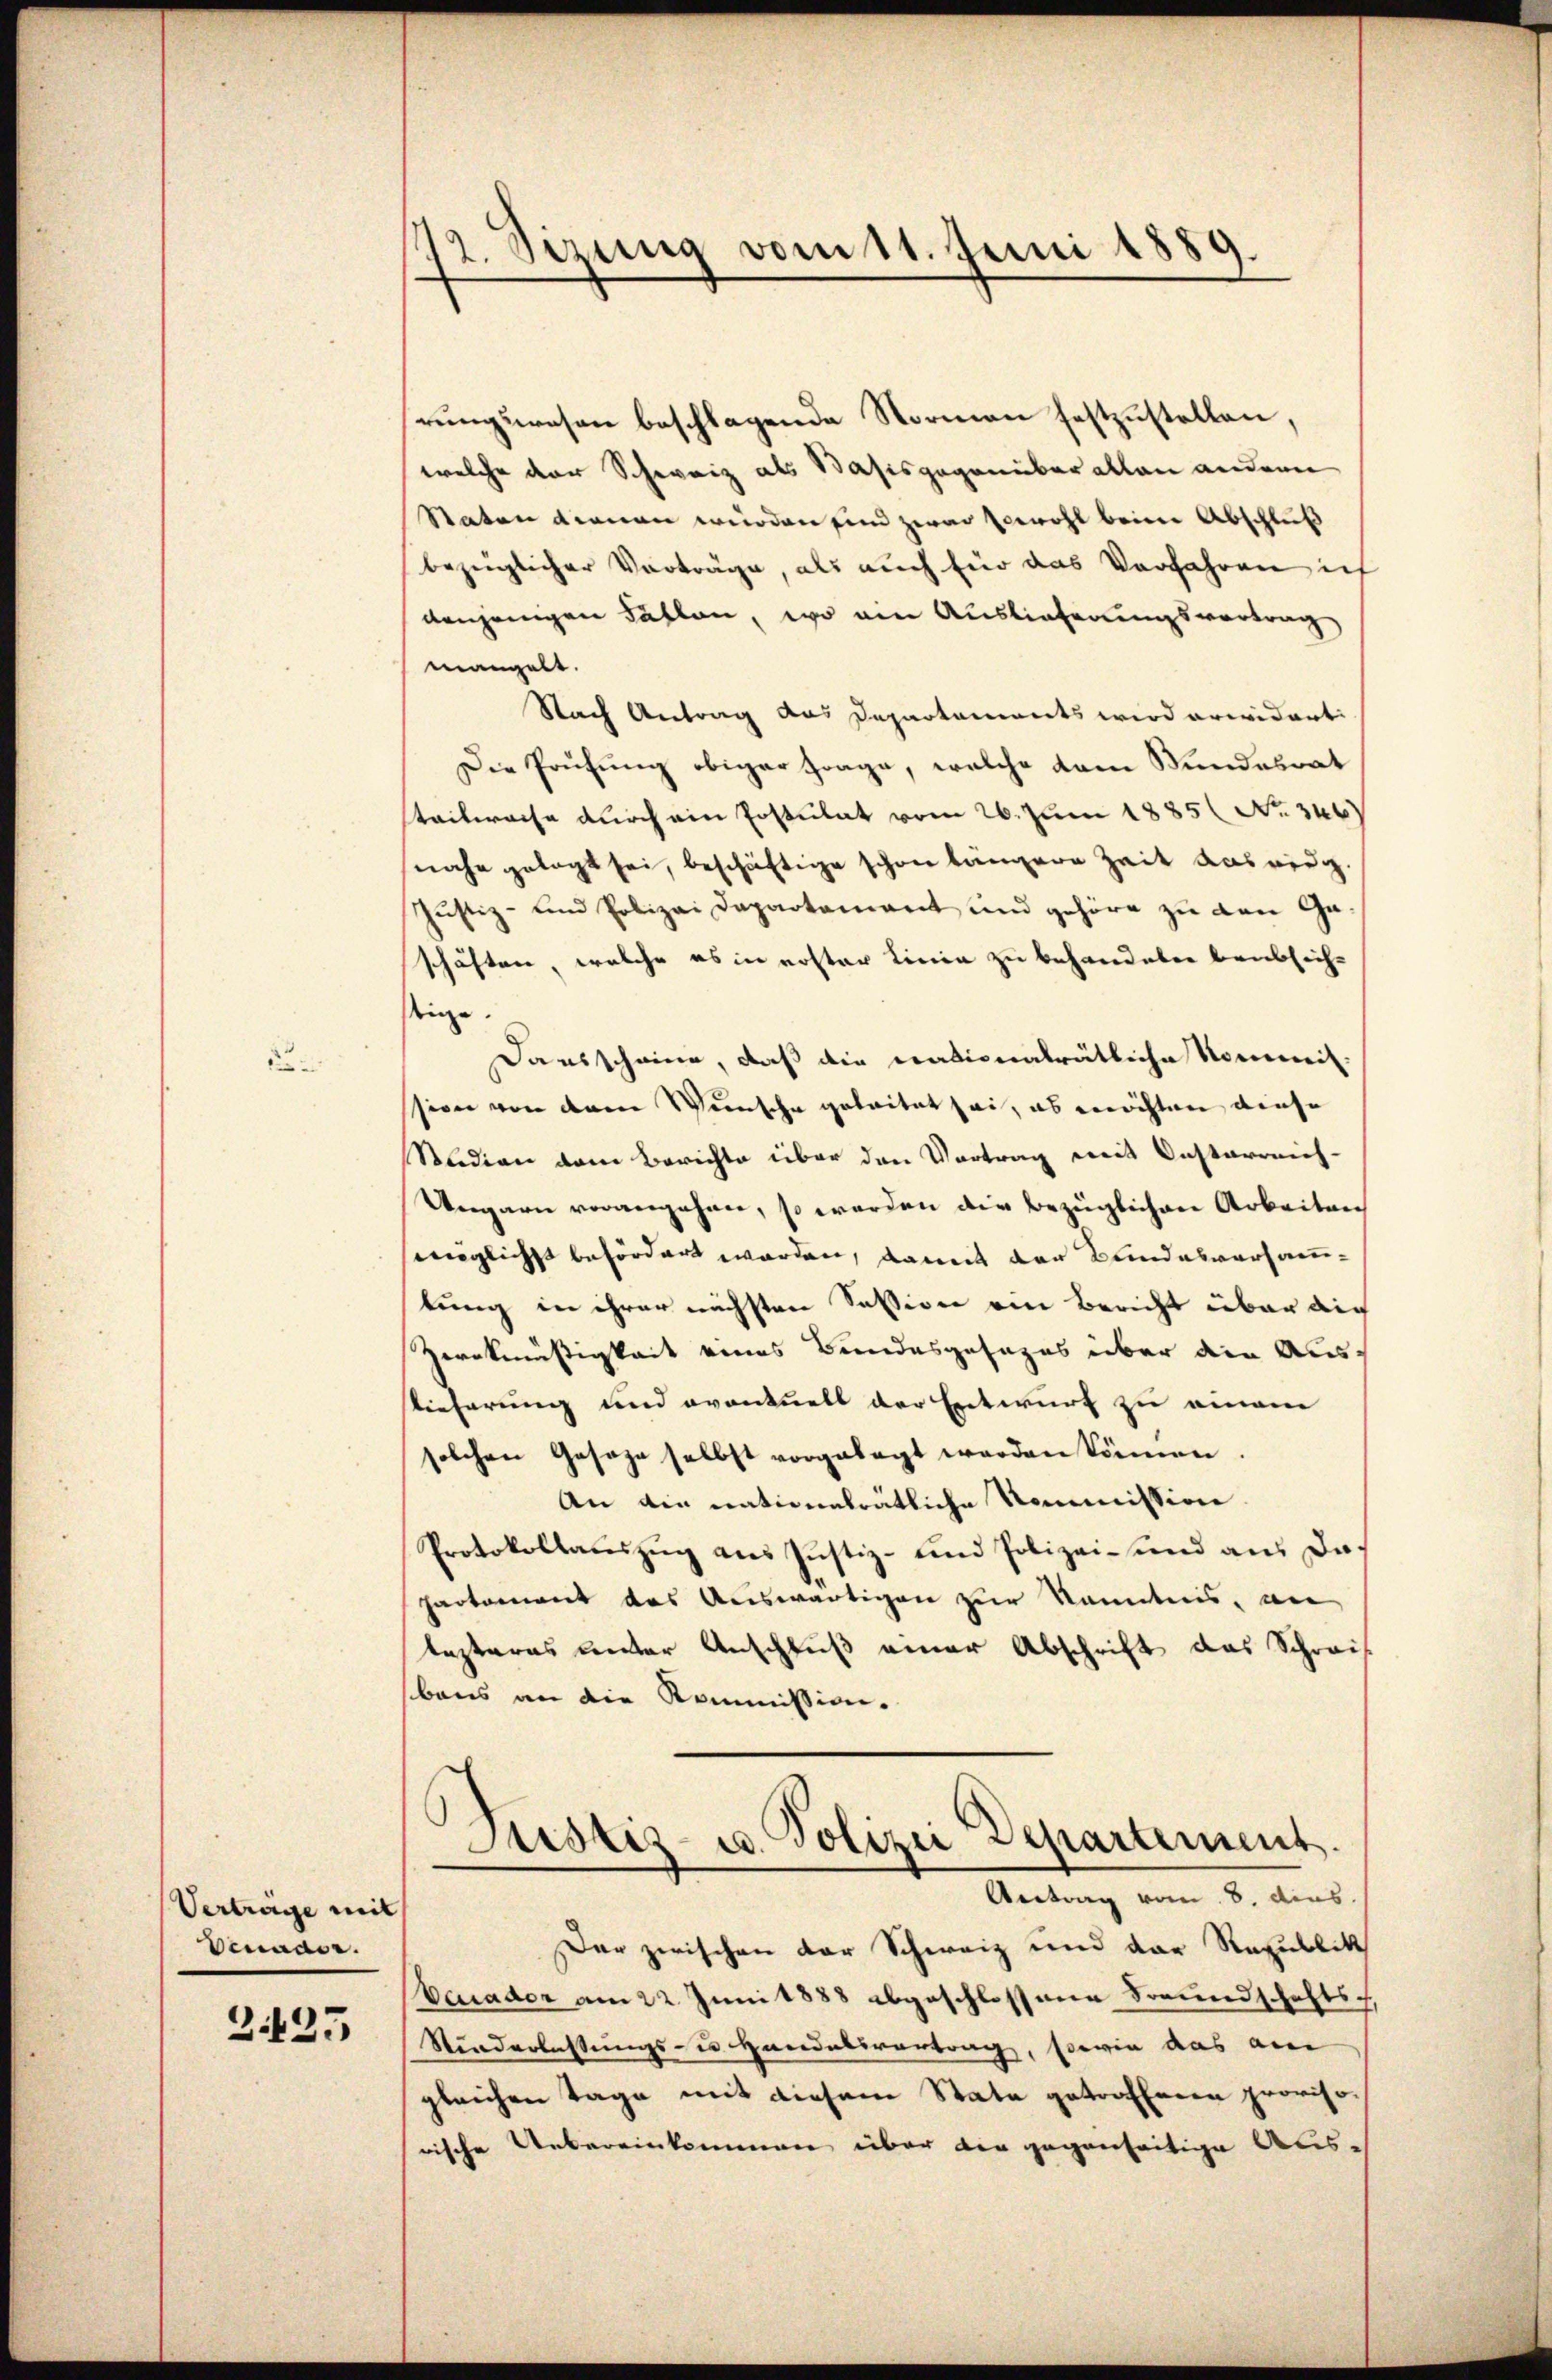
Vertrage mit
Venader.
Z.125

12. Sizung vom 11. Juni 1889.

rungswesen beschlagende Normen festzustellen,
welche der Schweiz als Basisgegenüber allen andern
Raten dienen würden sind zwar sowohl beim Abschluß
bezüglicher Vorträge, als auch für das Verfahren ich
denjenigen Fällen, wo am Auslieferungsvortrag
mangelt.
Nach Antrag das Departaments wird erwidert:
Die Prüfung obiger Frage, welche vom Bundesrat
stadtwache durch ein Postulat vom 26. Juni 1885 No 346)
nahe gelegt sei, beschäftige schon längere Zeit aus eidg
Justiz- und Polizei Departement und gehöre zu den Gaschäften, welche es in roster Linie zu behandeln beabsich-
tige
Dausscheine, daß die nationalrätliche Nommis-
sion von dem Wunsche geleitet sei, es möchten diese
Suidien dem Berichte über den Vortrag mit Instarreich-
Ungarn vorangehen, so werden die bezüglichen Arbeiten
mnglichst befördert worden, damit der Bundesversammtung in ihrer nächsten Session am Bericht über die
Zerckmäßigkeit eines Bundesgesages über die Auslieferung und eventuell der Entwurf zu einem
solchen Geseze selbst vorgelegt werden können.
An die nationeträtliche Kommission.
Protokollauszug aus Justiz- und Polizei- und aus da¬
Partement des Auswärtigen zur Kenntnis, an
lezteres unter Anschluß einer Abschrift das Schreis
baus an die Kommission.
Justiz- u. Polizei Departement.
Antrag vom 8. dies
Der zwischen der Schweiz und der Republik
Veador am 22. Juni 1888 abgeschlossene Freundschafts-
Niederlassungs- u. Handelsvertrag, sowie das am
gleichen Tage mit diesem State getroffenen proviso
rische Uebereinkommen über die gegenseitige Aus-